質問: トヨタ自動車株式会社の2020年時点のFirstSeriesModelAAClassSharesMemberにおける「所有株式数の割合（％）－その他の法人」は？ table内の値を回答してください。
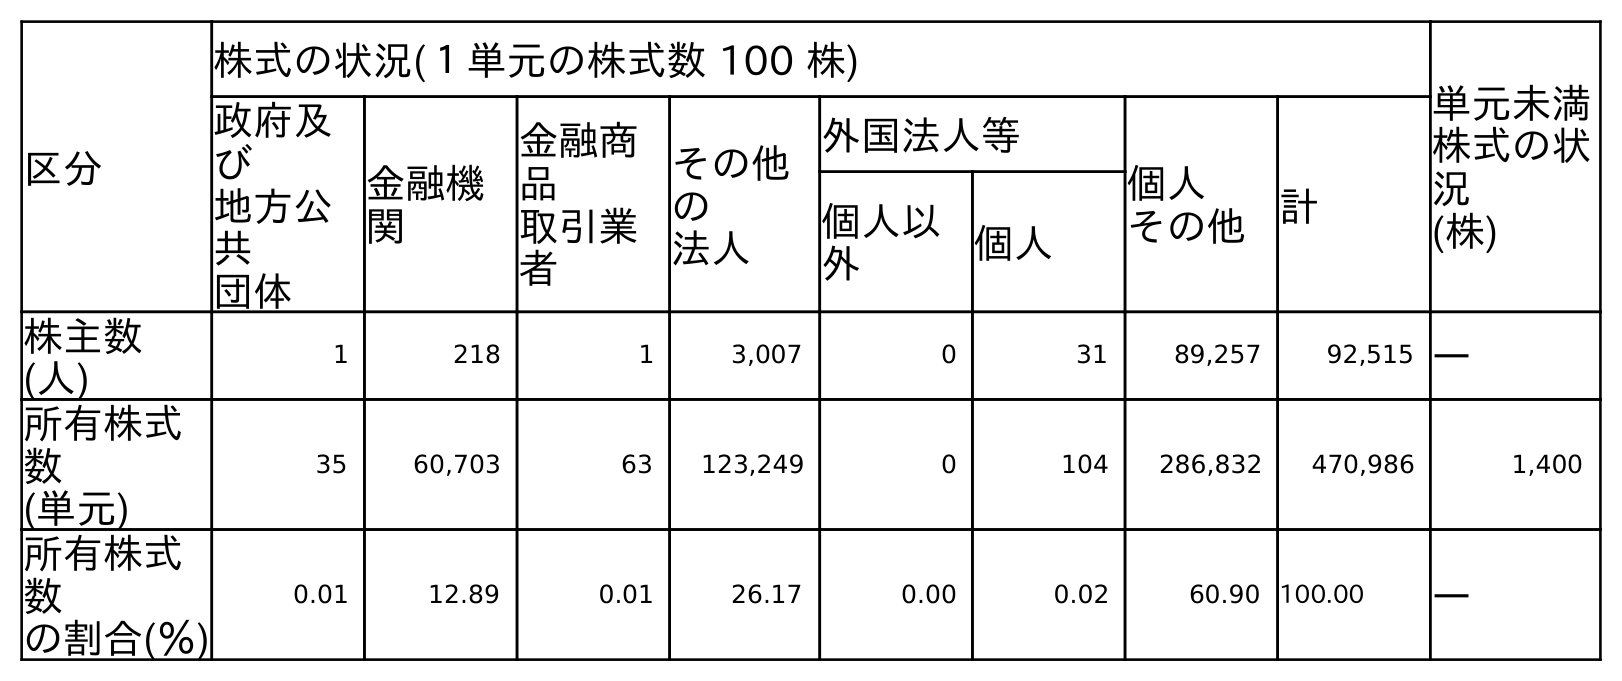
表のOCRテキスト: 区分 株式の状況(１単元の株式数 100 株) 単元未満 株式の状 況 (株) 政府及 び 地方公 共 団体 金融機 関 金融商 品 取引業 者 その他 の 法人 外国法人等 個人 その他 計 個人以 外 個人 株主数 (人) 1 218 1 3,007 0 31 89,257 92,515 ― 所有株式 数 (単元) 35 60,703 63 123,249 0 104 286,832 470,986 1,400 所有株式 数 の割合(％) 0.01 12.89 0.01 26.17 0.00 0.02 60.90 100.00 ―
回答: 26.17